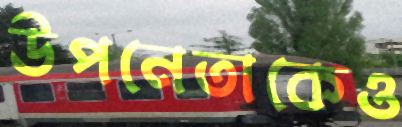
উপনেতাকেও